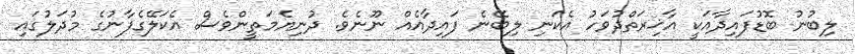
ލިބުނު ބޮޑުފައިދާއަކީ އާޚިރަތްދުވަހު އެކަނި ލިބޭނެ ފައިދާއެއް ނޫނެވެ. ދުނިޔެމަތީންވެސް އެކަލޭގެފާނުގެ މުދަލުގައި